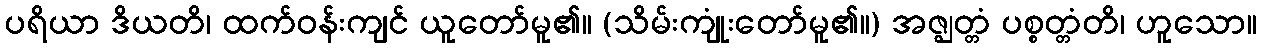
ပရိယာ ဒိယတိ၊ ထက်ဝန်းကျင် ယူတော်မူ၏။ (သိမ်းကျုံးတော်မူ၏။) အဇ္ဈတ္တံ ပစ္စတ္တံတိ၊ ဟူသော။